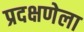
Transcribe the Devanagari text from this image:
प्रदक्षणेला